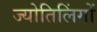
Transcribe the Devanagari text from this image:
ज्योतिलिंगों